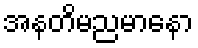
အနတိမညမာနော